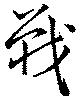
戦